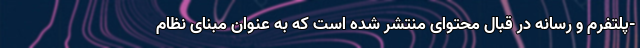
-پلتفرم و رسانه در قبال محتوای منتشر شده است که به عنوان مبنای نظام